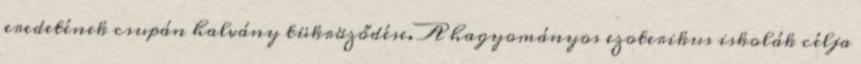
eredetének csupán halvány tükröződése. A hagyományos ezoterikus iskolák célja